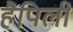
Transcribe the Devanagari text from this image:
हैपिली